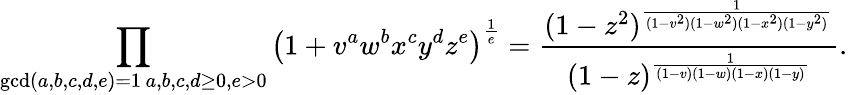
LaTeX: \prod_{\substack{\operatorname*{gcd}(a,b,c,d,e)=1\, a,b,c,d\geq 0,e>0}}\left(1+v^{a}w^{b}x^{c}y^{d}z^{e}\right)^{\frac{1}{e}}=\frac{(1-z^{2})^{\frac{1}{(1-v^{2})(1-w^{2})(1-x^{2})(1-y^{2})}}}{(1-z)^{\frac{1}{(1-v)(1-w)(1-x)(1-y)}}}.